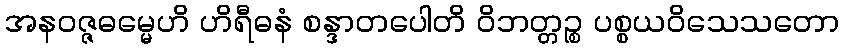
အနဝဇ္ဇဓမ္မေဟိ ဟိရီဓနံ စန္ဒာတပေါတိ ဝိဘတ္တဉ္စ ပစ္စယဝိသေသတော